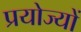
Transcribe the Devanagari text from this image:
प्रयोज्यों